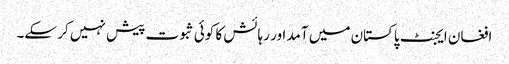
افغان ایجنٹ پاکستان میں آمد اور رہائش کا کوئی ثبوت پیش نہیں کر سکے۔